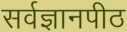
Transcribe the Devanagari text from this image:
सर्वज्ञानपीठ